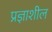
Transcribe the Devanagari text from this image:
प्रज्ञाशील